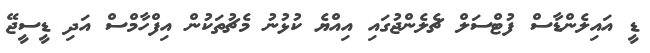
ޑީ އައިލެންޑާސް ފުޓްސަލް ޗެލެންޖުގައި އިއްޔެ ކުޅުނު މެޗުތަކުން އިފްހާމްސް އަދި ޑީސީޖޭ